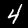
Digit: 4